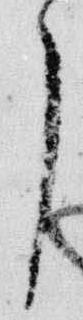
了